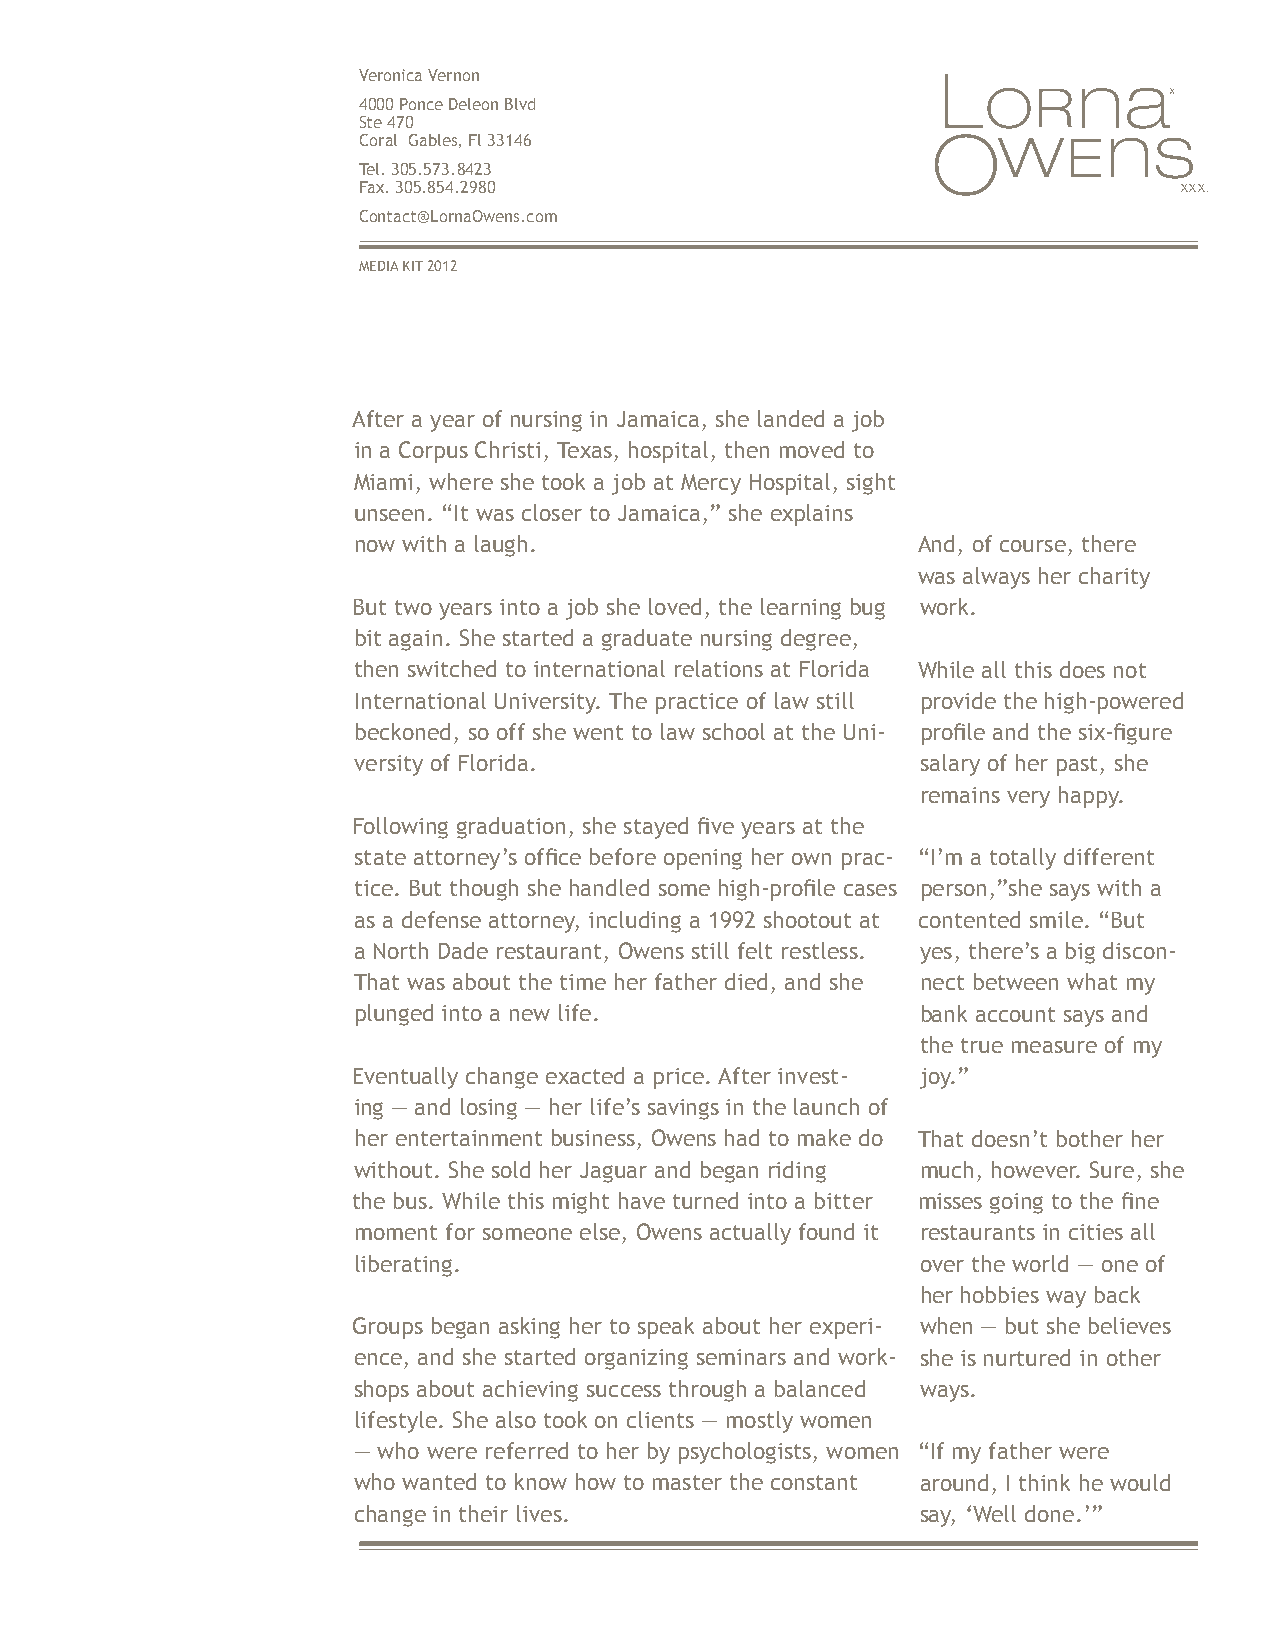
Veronica Vernon
 X
 4000 Ponce Deleon Blvd
 Ste 470
 Coral Gables, Fl 33146
 Tel. 305.573.8423
 Fax. 305.854.2980                                     XXX.
 Contact@LornaOwens.com
 MEDIA KIT 2012
 After a year of nursing in Jamaica, she landed a job
 in a Corpus Christi, Texas, hospital, then moved to
 Miami, where she took a job at Mercy Hospital, sight
 unseen. “It was closer to Jamaica,” she explains
 now with a laugh.                     And, of course, there
 was always her charity
 But two years into a job she loved, the learning bug work.
 bit again. She started a graduate nursing degree,
 then switched to international relations at Florida While all this does not
 International University. The practice of law still provide the high-powered
 beckoned, so off she went to law school at the Uni- profile and the six-figure
 versity of Florida.                   salary of her past, she
 remains very happy.
 Following graduation, she stayed five years at the
 state attorney’s office before opening her own prac- “I’m a totally different
 tice. But though she handled some high-profile cases person,”she says with a
 as a defense attorney, including a 1992 shootout at contented smile. “But
 a North Dade restaurant, Owens still felt restless. yes, there’s a big discon-
 That was about the time her father died, and she nect between what my
 plunged into a new life.              bank account says and
 the true measure of my
 Eventually change exacted a price. After invest- joy.”
 ing — and losing — her life’s savings in the launch of
 her entertainment business, Owens had to make do That doesn’t bother her
 without. She sold her Jaguar and began riding much, however. Sure, she
 the bus. While this might have turned into a bitter misses going to the fine
 moment for someone else, Owens actually found it restaurants in cities all
 liberating.                           over the world — one of
 her hobbies way back
 Groups began asking her to speak about her experi- when — but she believes
 ence, and she started organizing seminars and work- she is nurtured in other
 shops about achieving success through a balanced ways.
 lifestyle. She also took on clients — mostly women
 — who were referred to her by psychologists, women “If my father were
 who wanted to know how to master the constant around, I think he would
 change in their lives.                say, ‘Well done.’”